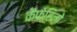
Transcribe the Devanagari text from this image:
कैफेरिनो